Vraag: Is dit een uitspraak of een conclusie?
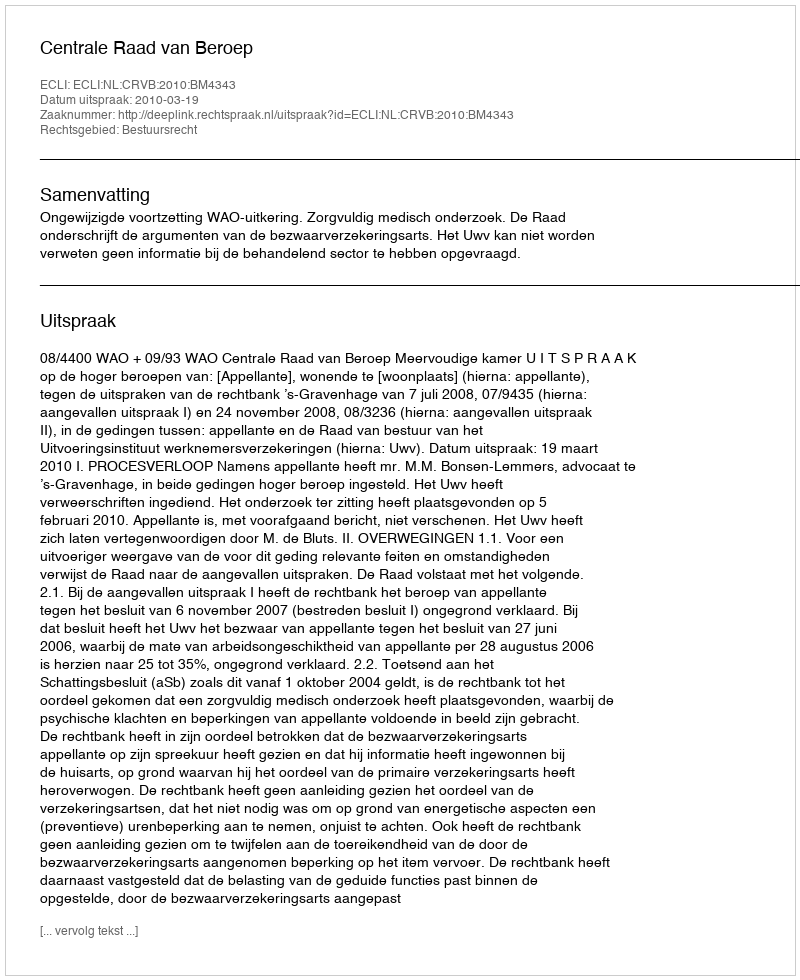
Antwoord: Uitspraak